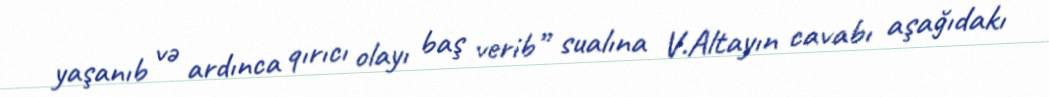
yaşanıb və ardınca qırıcı olayı baş verib” sualına V.Altayın cavabı aşağıdakı